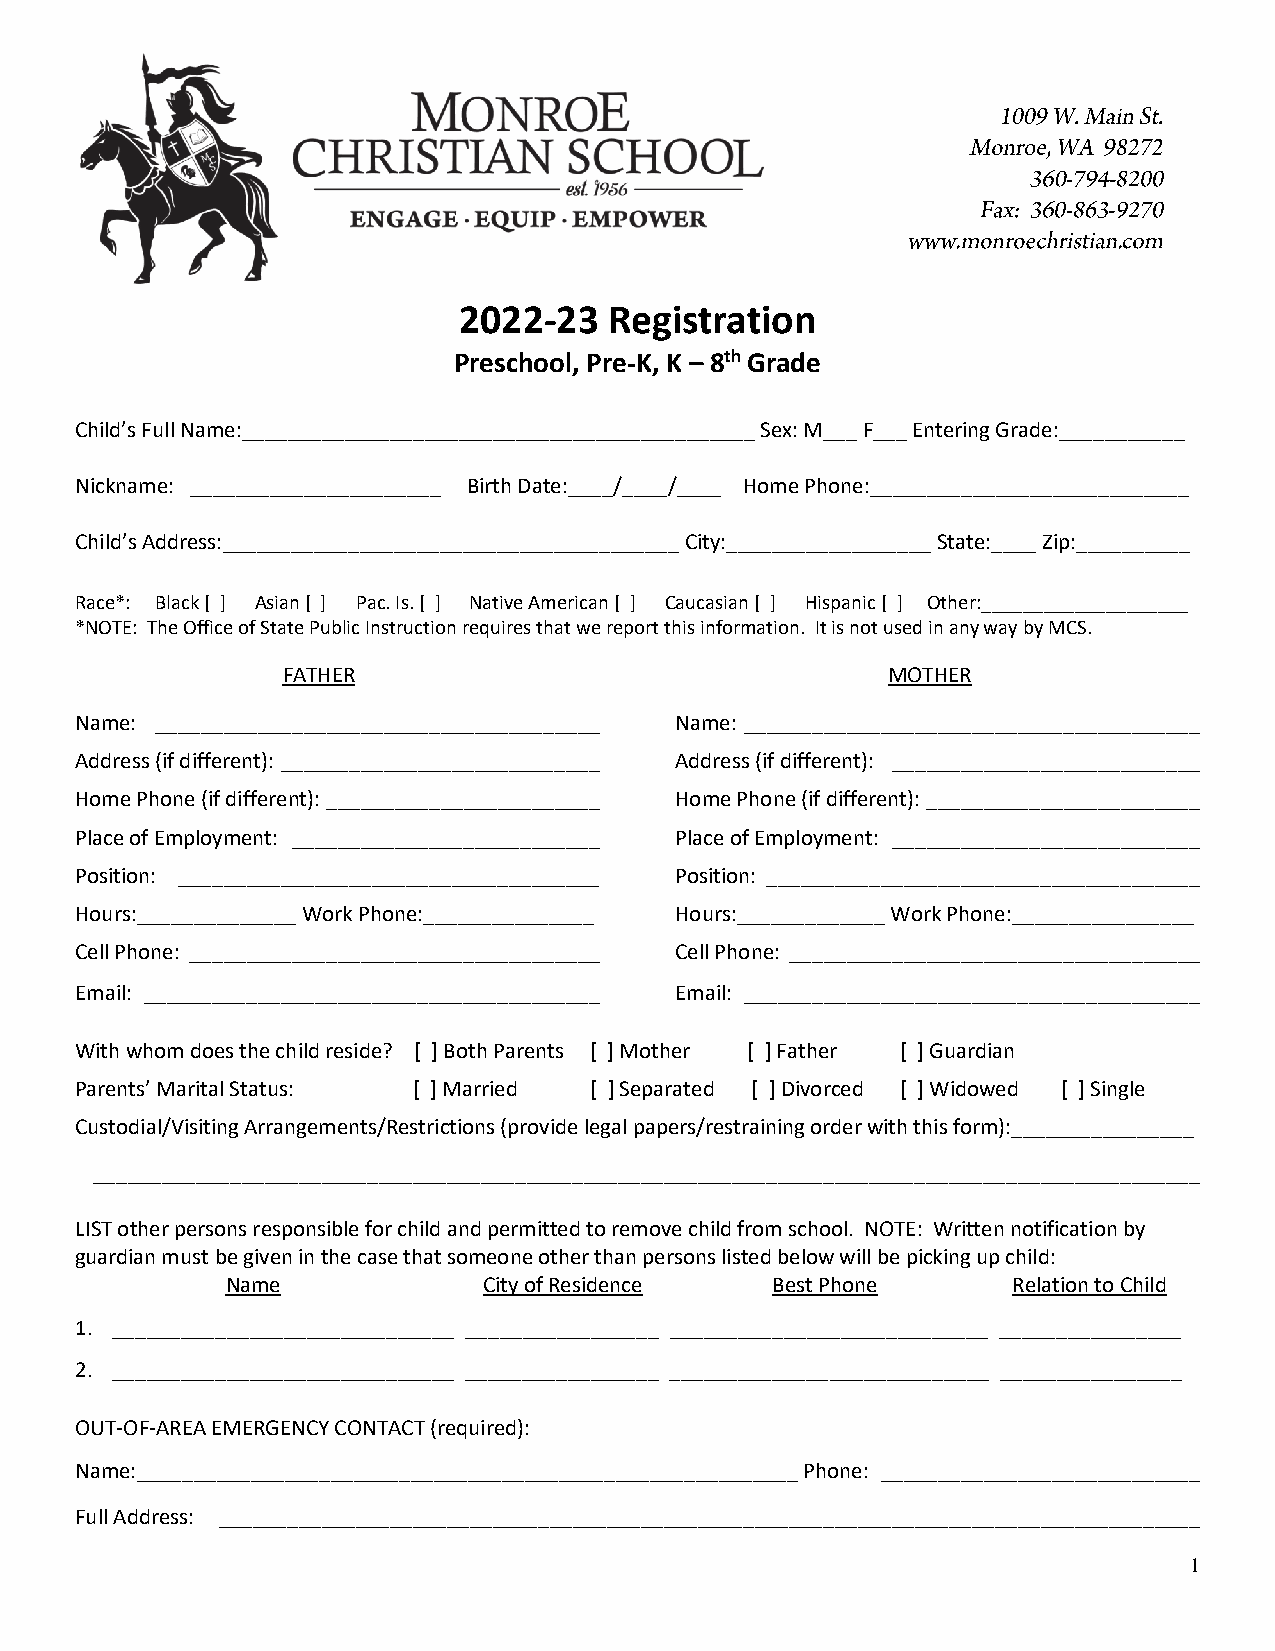
2022-23   Registration
 Preschool, Pre-K, K – 8th Grade
 Child’s Full Name:_____________________________________________ Sex: M___ F___ Entering Grade:___________
 Nickname: ______________________ Birth Date:____/____/____ Home Phone:____________________________
 Child’s Address:________________________________________ City:__________________ State:____ Zip:__________
 Race*: Black [ ] Asian [ ] Pac. Is. [ ] Native American [ ] Caucasian [ ] Hispanic [ ] Other:____________________
 *NOTE: The Office of State Public Instruction requires that we report this information. It is not used in any way by MCS.
 FATHER                                  MOTHER
 Name: _______________________________________ Name: ________________________________________
 Address (if different): ____________________________ Address (if different): ___________________________
 Home Phone (if different): ________________________ Home Phone (if different): ________________________
 Place of Employment: ___________________________ Place of Employment: ___________________________
 Position: _____________________________________ Position: ______________________________________
 Hours:______________ Work Phone:_______________ Hours:_____________ Work Phone:________________
 Cell Phone: ____________________________________ Cell Phone: ____________________________________
 Email: ________________________________________ Email: ________________________________________
 With whom does the child reside? [ ] Both Parents [ ] Mother [ ] Father [ ] Guardian
 Parents’ Marital Status: [ ] Married [ ] Separated [ ] Divorced [ ] Widowed [ ] Single
 Custodial/Visiting Arrangements/Restrictions (provide legal papers/restraining order with this form):________________
 _________________________________________________________________________________________________
 LIST other persons responsible for child and permitted to remove child from school. NOTE: Written notification by
 guardian must be given in the case that someone other than persons listed below will be picking up child:
 Name             City of Residence  Best Phone      Relation to Child
 1. ______________________________ _________________ ____________________________ ________________
 2. ______________________________ _________________ ____________________________ ________________
 OUT-OF-AREA EMERGENCY CONTACT (required):
 Name:__________________________________________________________ Phone: ____________________________
 Full Address: ______________________________________________________________________________________
 1